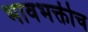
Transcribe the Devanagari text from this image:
भावभक्तीच